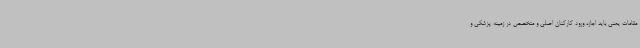
مقامات یمنی باید اجازه ورود کارکنان اصلی و متخصص در زمینه پزشکی و